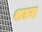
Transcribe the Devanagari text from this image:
शॿद